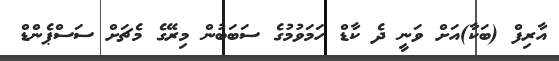
އާރިފް (ބަކާ)އަށް ވަނީ ދެ ކާޑް ހަމަވުމުގެ ސަބަބުން މިރޭގެ މެޗަށް ސަސްޕެންޑް